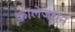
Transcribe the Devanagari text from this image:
कॉलेजधून